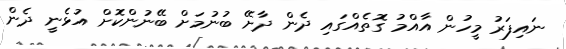
ނައިފަރު މީހުން އާއްމު ގޮތެއްގައި ދެން ދާށޭ ބުނުމަށް ބޭނުންކޮށް އުޅެނީ ދެން